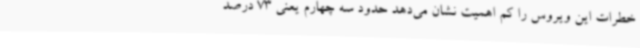
خطرات این ویروس را کم اهمیت نشان می‌دهد حدود سه چهارم یعنی 73 درصد